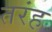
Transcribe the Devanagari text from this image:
तरंह